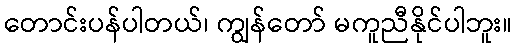
တောင်းပန်ပါတယ်၊ ကျွန်တော် မကူညီနိုင်ပါဘူး။